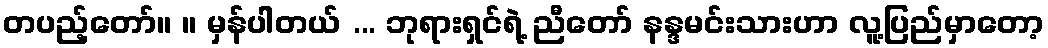
တပည့်တော်။ ။ မှန်ပါတယ် ... ဘုရားရှင်ရဲ့ ညီတော် နန္ဒမင်းသားဟာ လူ့ပြည်မှာတော့